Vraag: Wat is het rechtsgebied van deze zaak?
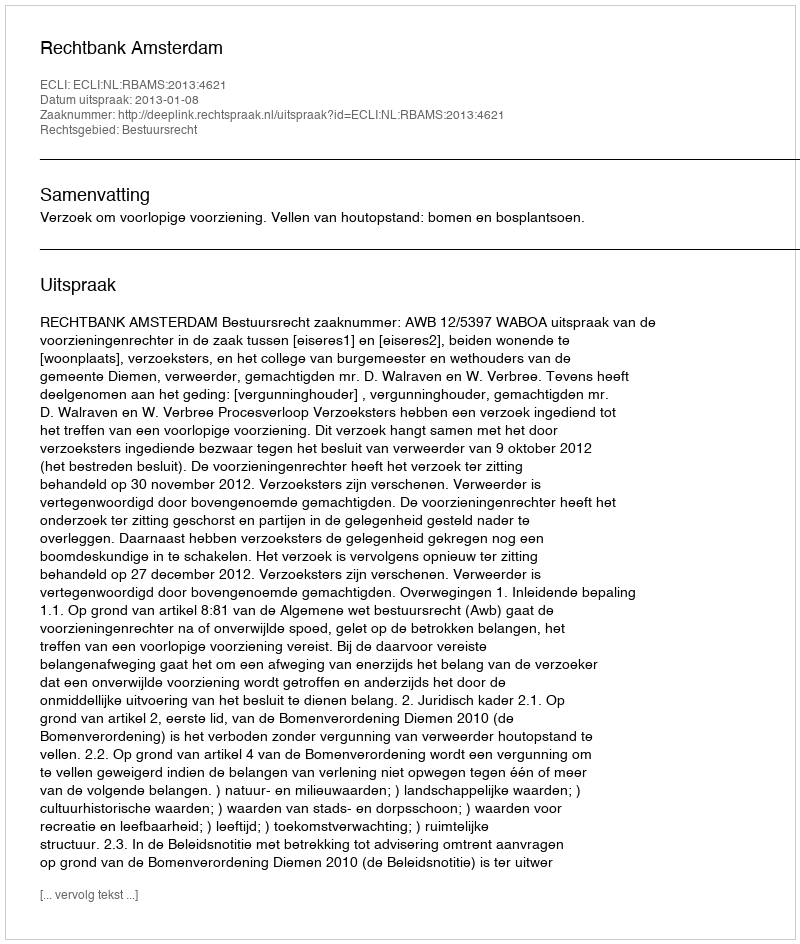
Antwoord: Bestuursrecht